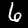
Label: 6